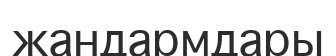
жандармдары